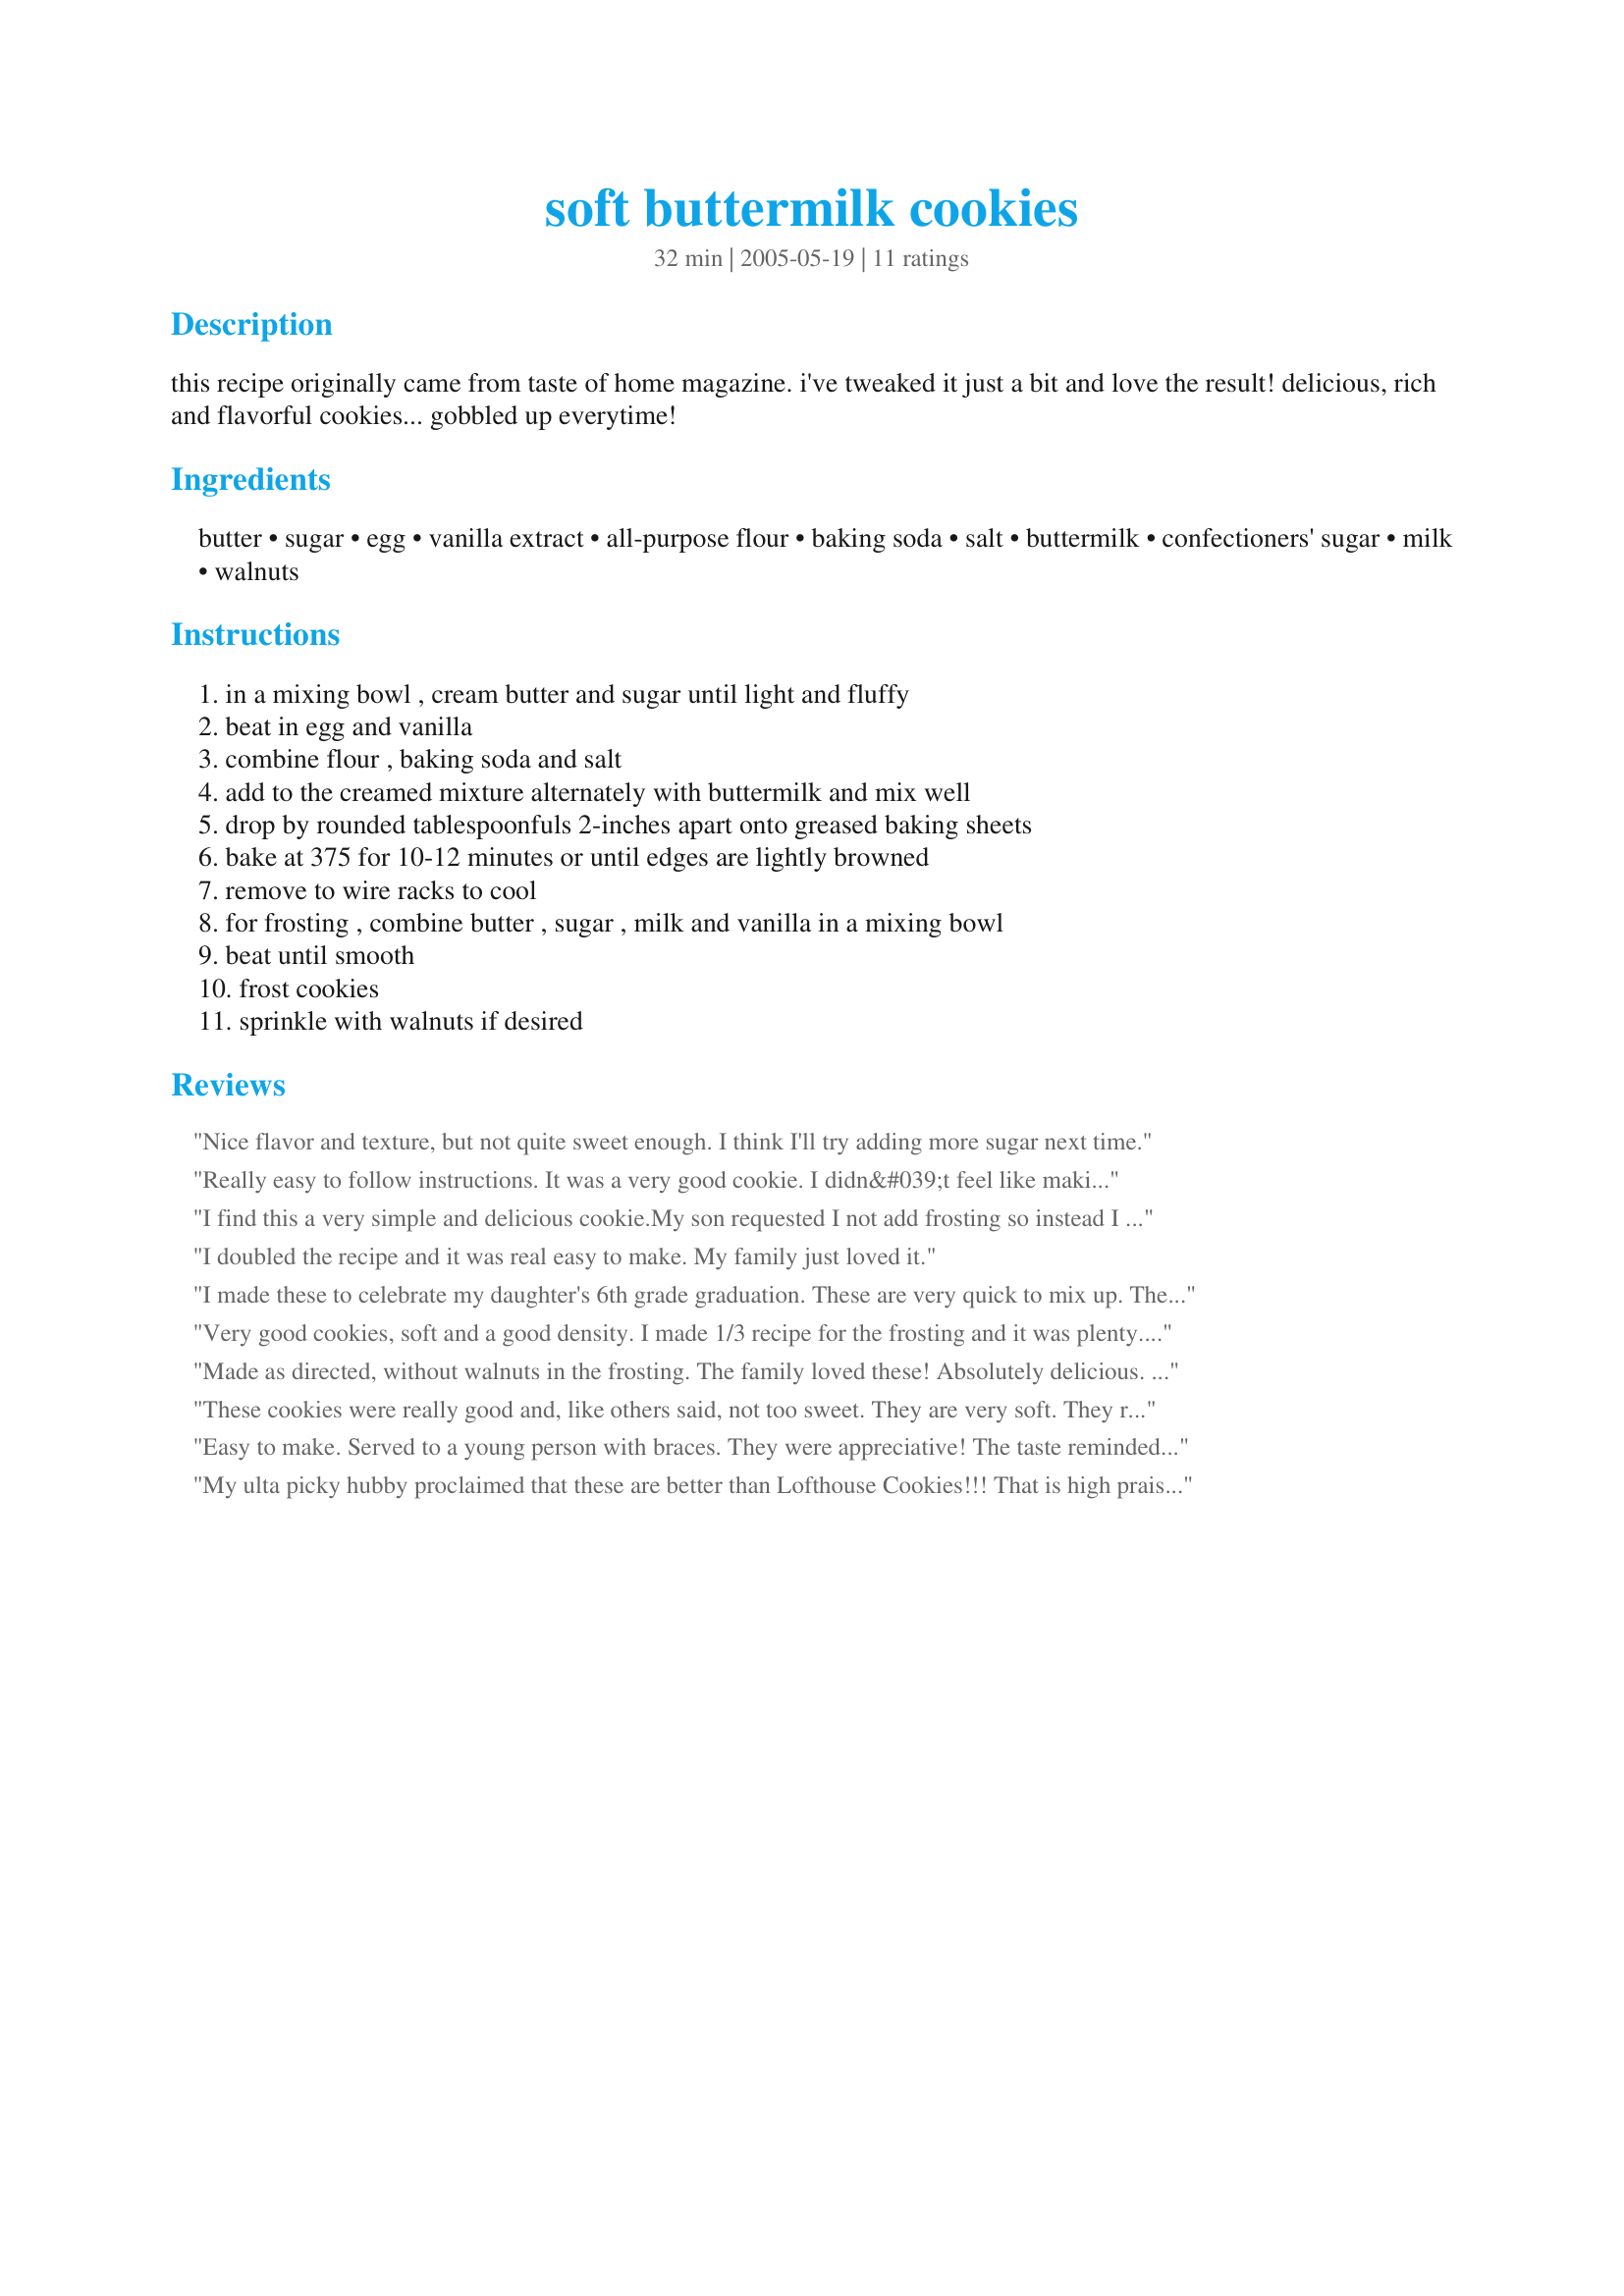
soft buttermilk cookies
Preparation time: 32 minutes

this recipe originally came from taste of home magazine. i've tweaked it just a bit and love the result! delicious, rich and flavorful cookies... gobbled up everytime!

Ingredients:
butter, sugar, egg, vanilla extract, all-purpose flour, baking soda, salt, buttermilk, confectioners' sugar, milk, walnuts

Steps:
in a mixing bowl , cream butter and sugar until light and fluffy, beat in egg and vanilla, combine flour , baking soda and salt, add to the creamed mixture alternately with buttermilk and mix well, drop by rounded tablespoonfuls 2-inches apart onto greased baking sheets, bake at 375 for 10-12 minutes or until edges are lightly browned, remove to wire racks to cool, for frosting , combine butter , sugar , milk and vanilla in a mixing bowl, beat until smooth, frost cookies, sprinkle with walnuts if desired

Reviews:
Nice flavor and texture, but not quite sweet enough. I think I'll try adding more sugar next time.
Really easy to follow instructions. It was a very good cookie. I didn&#039;t feel like making icing so I used chocolate chips instead. My husband loved them. They are a bit on the sweet side with them so I do believe I will subtract about 1/2 cup of sugar otherwise they are wonderful cakey cookies. I am not great at making cookies and these are a hit!
I find this a very simple and delicious cookie.My son requested I not add frosting so instead I addedchocholate chips. Either way its good.For someone who is looking for a soft, cake like cookie that is not very sweet than this is the right recipe for you.
I doubled the recipe and it was real easy to make. My family just loved it.
I made these to celebrate my daughter's 6th grade graduation. These are very quick to mix up. They were slightly difficult to tell when they were done, since they browned quicker than I expected. Despite this, they were still so tender, due to the buttermilk.(These have a special tea cake texture and are unlike traditional crispy sugar cookies.) You can appreciate the texture better after they totally cool. The tops of the cookies looked slightly "biscuit-like" even though I used a cookie scoop and flattened the tops. I tinted my frosting pink and boy are they delicious with the frosting (Don't skip!). My husband loved them and said they were dangerous to have around, they were so good. My kids are going to love these!
Thanks for posting, KC Cooker!

Roxygirl in Colo.
Very good cookies, soft and a good density. I made 1/3 recipe for the frosting and it was plenty. We decorated these for Christmas. Thanks!
Made as directed, without walnuts in the frosting. The family loved these! Absolutely delicious. Soft cookie with just the right amount of frosting. Thanks for sharing the recipe!
These cookies were really good and, like others said, not too sweet. They are very soft. They remind me of these Italian cookies that I make for Christmas every year except I put almond and anise extract in them.
Easy to make. Served to a young person with braces. They were appreciative! The taste reminded me of the packaged Nilla biscuits.
My ulta picky hubby proclaimed that these are better than Lofthouse Cookies!!! That is high praise, indeed. Very easy to mix up and bake. I have added this recipe to my favorites collection.

Thanks!!
Very soft and with a taste similar to shortbread, but not nearly as much work! The icing made far more than we needed and I made about a third of a batch. Were great without the icing too (and with my morning coffee). Thanks for sharing!
